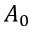
A _ { 0 }